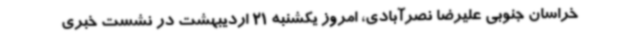
خراسان جنوبی علیرضا نصرآبادی، امروز یکشنبه 21 اردیبهشت در نشست خبری